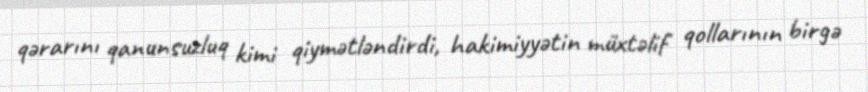
qərarını qanunsuzluq kimi qiymətləndirdi, hakimiyyətin müxtəlif qollarının birgə